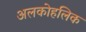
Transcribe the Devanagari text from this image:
अलकोहलिक